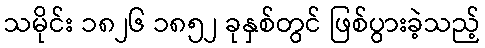
သမိုင်း ၁၈၂၆ ၁၈၅၂ ခုနှစ်တွင် ဖြစ်ပွားခဲ့သည့်